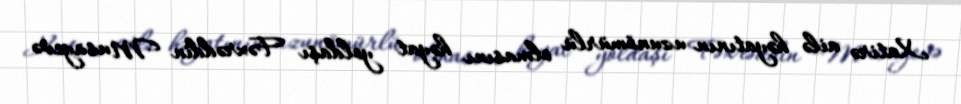
Xatirə ailə həyatının uzunömürlü olmasını həyat yoldaşı Fəxrəddin Musayevə